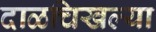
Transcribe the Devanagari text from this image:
दाळचिखल्या